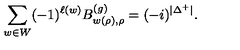
\sum _ { w \in W } ( - 1 ) ^ { \ell ( w ) } B _ { w ( \rho ) , \rho } ^ { ( g ) } = ( - i ) ^ { \vert \Delta ^ { + } \vert } .